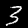
Label: 3